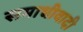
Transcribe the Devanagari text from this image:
समाधीवादी